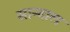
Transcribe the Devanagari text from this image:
सान्दाल